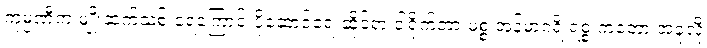
ကုမ္ပဏီက မျိုးဆက်သစ် ရေကြောင်းပို့ဆောင်ရေးဆိုင်ရာ ဒါရိုက်တာ မစ္စ အန်မာဂရိ ရစ္စ ကတော့ အခုလို